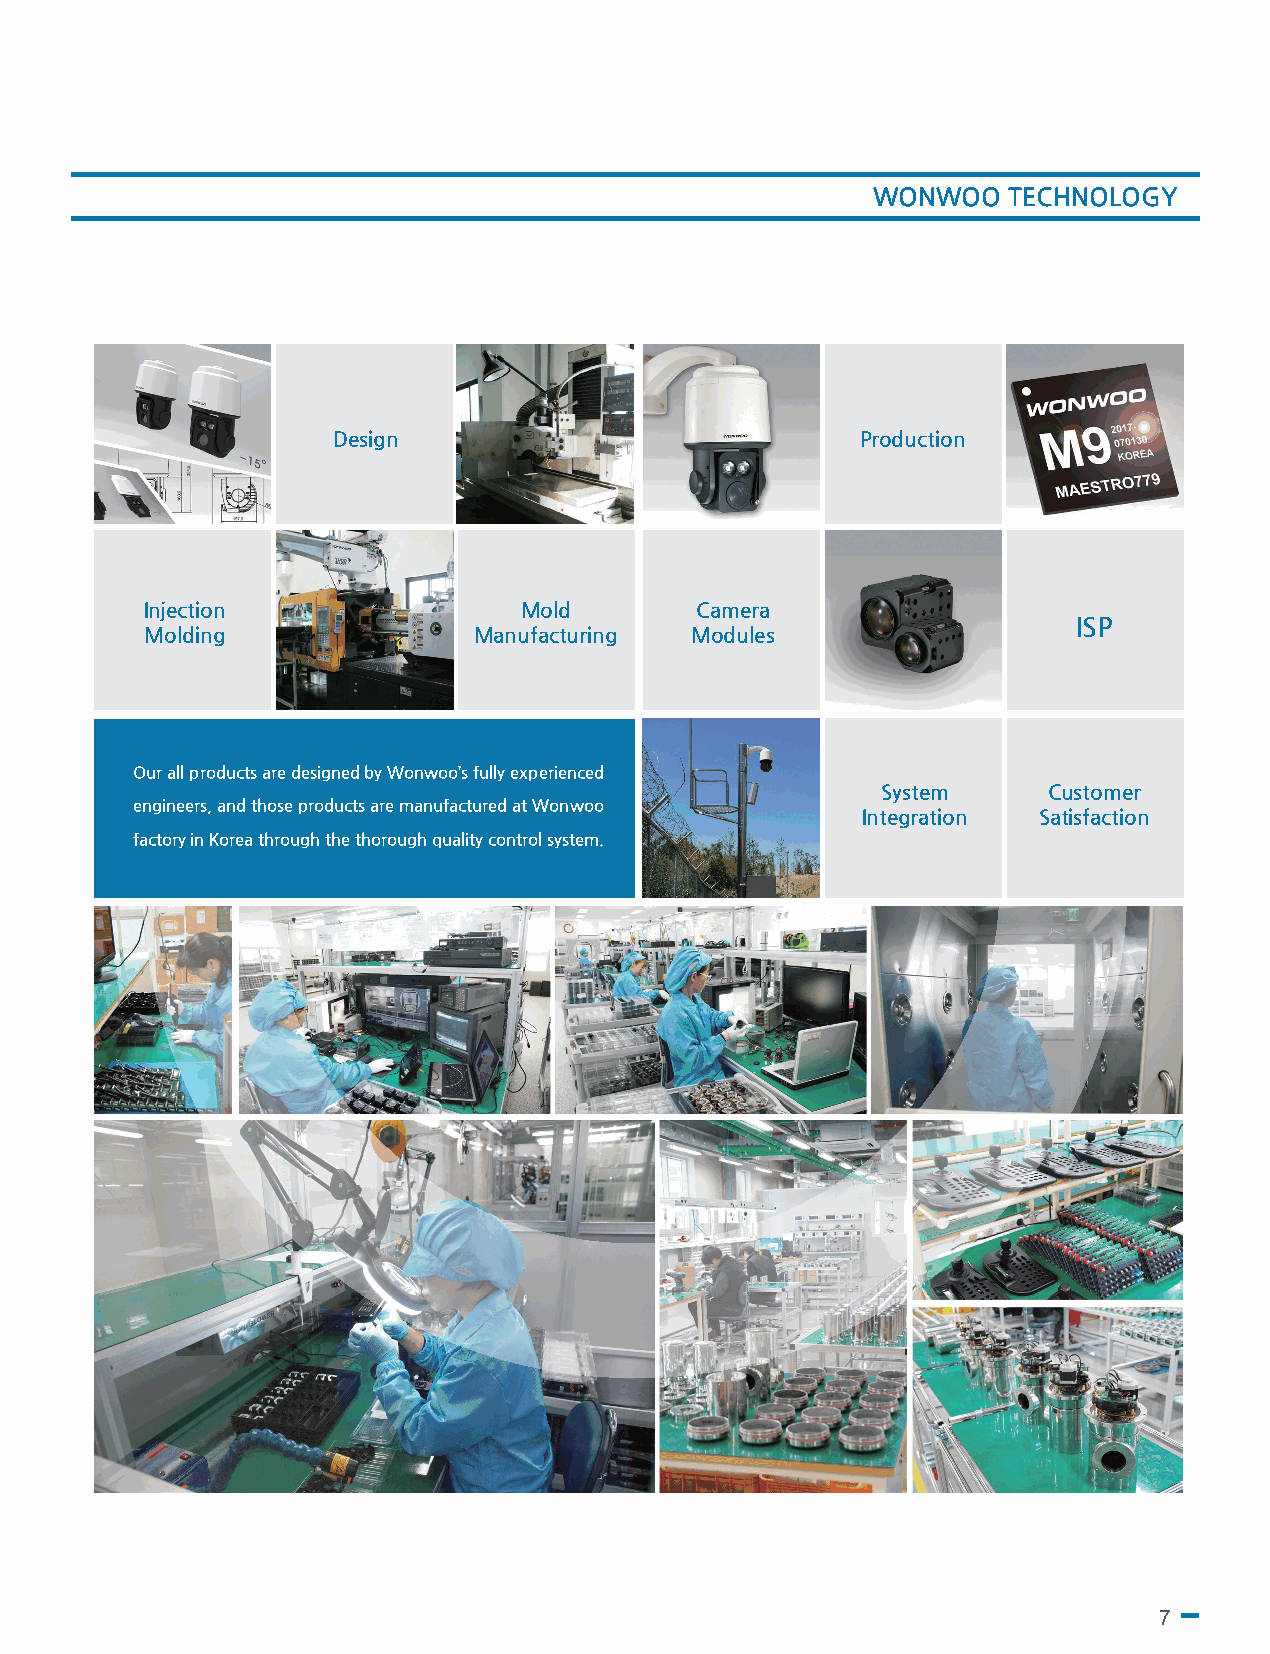
WONWOO   TECHNOLOGY
 Design                             Production
 Injection               Mold        Camera
 ISP
 Molding              Manufacturing  Modules
 Our all products are designed by Wonwoo’s fully experienced
 System     Customer
 engineers, and those products are manufactured at Wonwoo
 Integration Satisfaction
 factory in Korea through the thorough quality control system.
 7